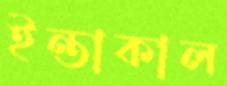
ইন্তাকাল